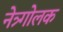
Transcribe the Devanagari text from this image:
नेत्र्गोलक